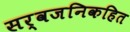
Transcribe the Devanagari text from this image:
सर्वजनिकहित